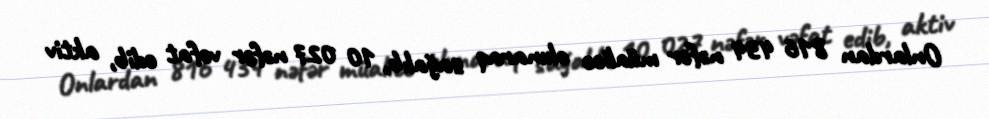
Onlardan 816 434 nəfər müalicə olunaraq sağalıb, 10 027 nəfər vəfat edib, aktiv